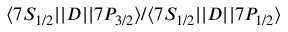
\ensuremath { \langle 7 S _ { 1 / 2 } | | } D \ensuremath { | | 7 P _ { 3 / 2 } \rangle } / \ensuremath { \langle 7 S _ { 1 / 2 } | | } D \ensuremath { | | 7 P _ { 1 / 2 } \rangle }